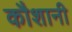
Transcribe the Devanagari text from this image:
कौशानी